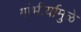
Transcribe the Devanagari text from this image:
गांभीर्यामुळे